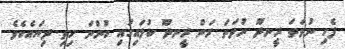
ފެހި ނުވަތަ ރީނދޫ ނުވަތަ ރަން ރީނދޫ ކުލައިގައި ހުންނަ ހިތި ދިޔައެކެވެ.